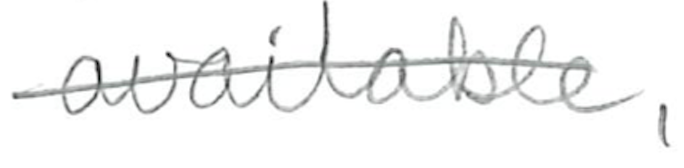
Text: available,
Cross-out: single-line
Writing tool: pencil